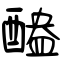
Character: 醠